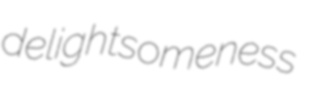
delightsomeness